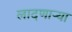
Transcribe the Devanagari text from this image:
लादणाऱ्या